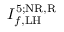
I _ { f , \mathrm { L H } } ^ { 5 ; \mathrm { N R , R } }